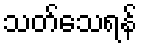
သတ်သေရန်